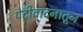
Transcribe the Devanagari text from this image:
पेटीवादनातून